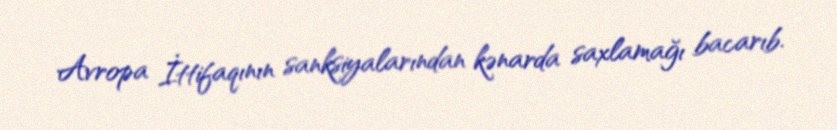
Avropa İttifaqının sanksiyalarından kənarda saxlamağı bacarıb.